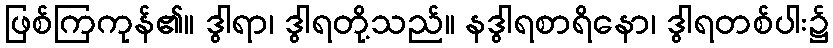
ဖြစ်ကြကုန်၏။ ဒွါရာ၊ ဒွါရတို့သည်။ နဒွါရစာရိနော၊ ဒွါရတစ်ပါး၌